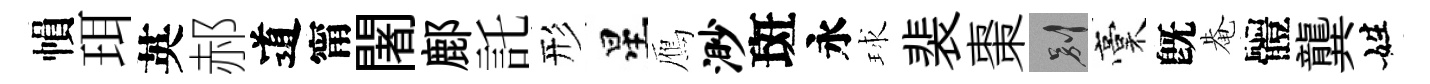
𢄙珥英郝道甯闍鄜託形星鴈渺斑永球裴棗别稾旣𤲅體龔姓